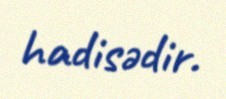
hadisədir.